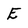
Character: E